Vaccination Hyderabad 1890-1903 - 1890-1903
Year: 1890
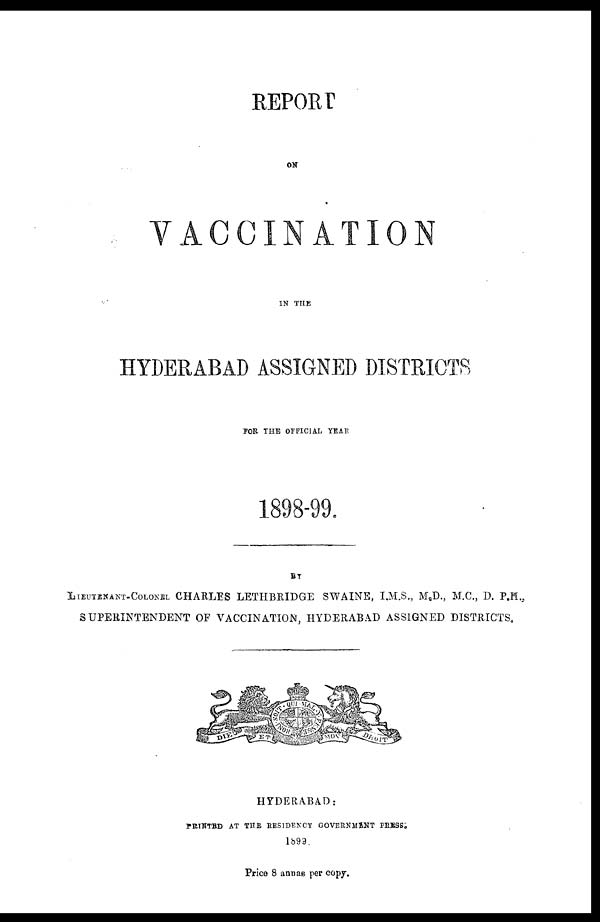
REPORT
ON
VACCINATION
IN THE
HYDERABAD ASSIGNED DISTRICTS
FOR THE OFFICIAL YEAR
1898-99.
BY
LIEUTENANT-COLONEL CHARLES LETHBRIDGE SWAINE, I.M.S., M.D., M.C., D. P.H.,
SUPERINTENDENT OF VACCINATION, HYDERABAD ASSIGNED DISTRICTS.
HYDERABAD:
PRINTED AT THE RESIDENCY GOVERNMENT PRESS.
1899.
Price 8 annas per copy.